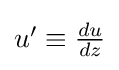
{\textstyle u'\equiv {\frac {du}{dz}}}